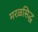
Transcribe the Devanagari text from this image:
मरळसिद्ध